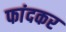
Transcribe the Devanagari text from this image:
फांदकर